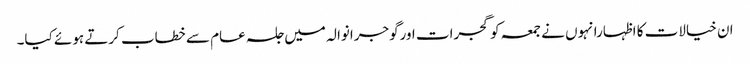
ان خیالات کا اظہارانہوں نے جمعہ کو گجرات اورگوجرانوالہ میں جلسہ عام سے خطاب کرتے ہوئے کیا۔